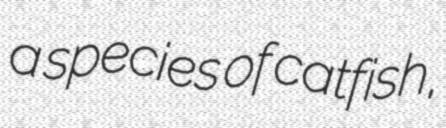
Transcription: a species of catfish,